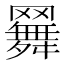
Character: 𦌳